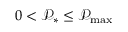
0 < \mathcal { P } _ { * } \le \mathcal { P } _ { \operatorname* { m a x } }